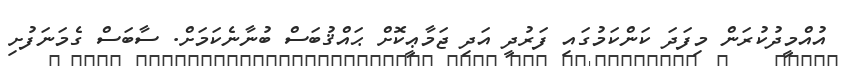
އުއްމީދުކުރަން މިފަދަ ކަންކަމުގައި ފަރުދީ އަދި ޖަމާޢީކޮށް ޙައްޤުބަސް ބުނާނެކަމަށް. ސާބަސް ގެމަނަފުށި